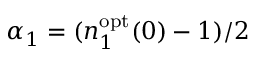
\alpha _ { 1 } = ( n _ { 1 } ^ { \mathrm { o p t } } ( 0 ) - 1 ) / 2